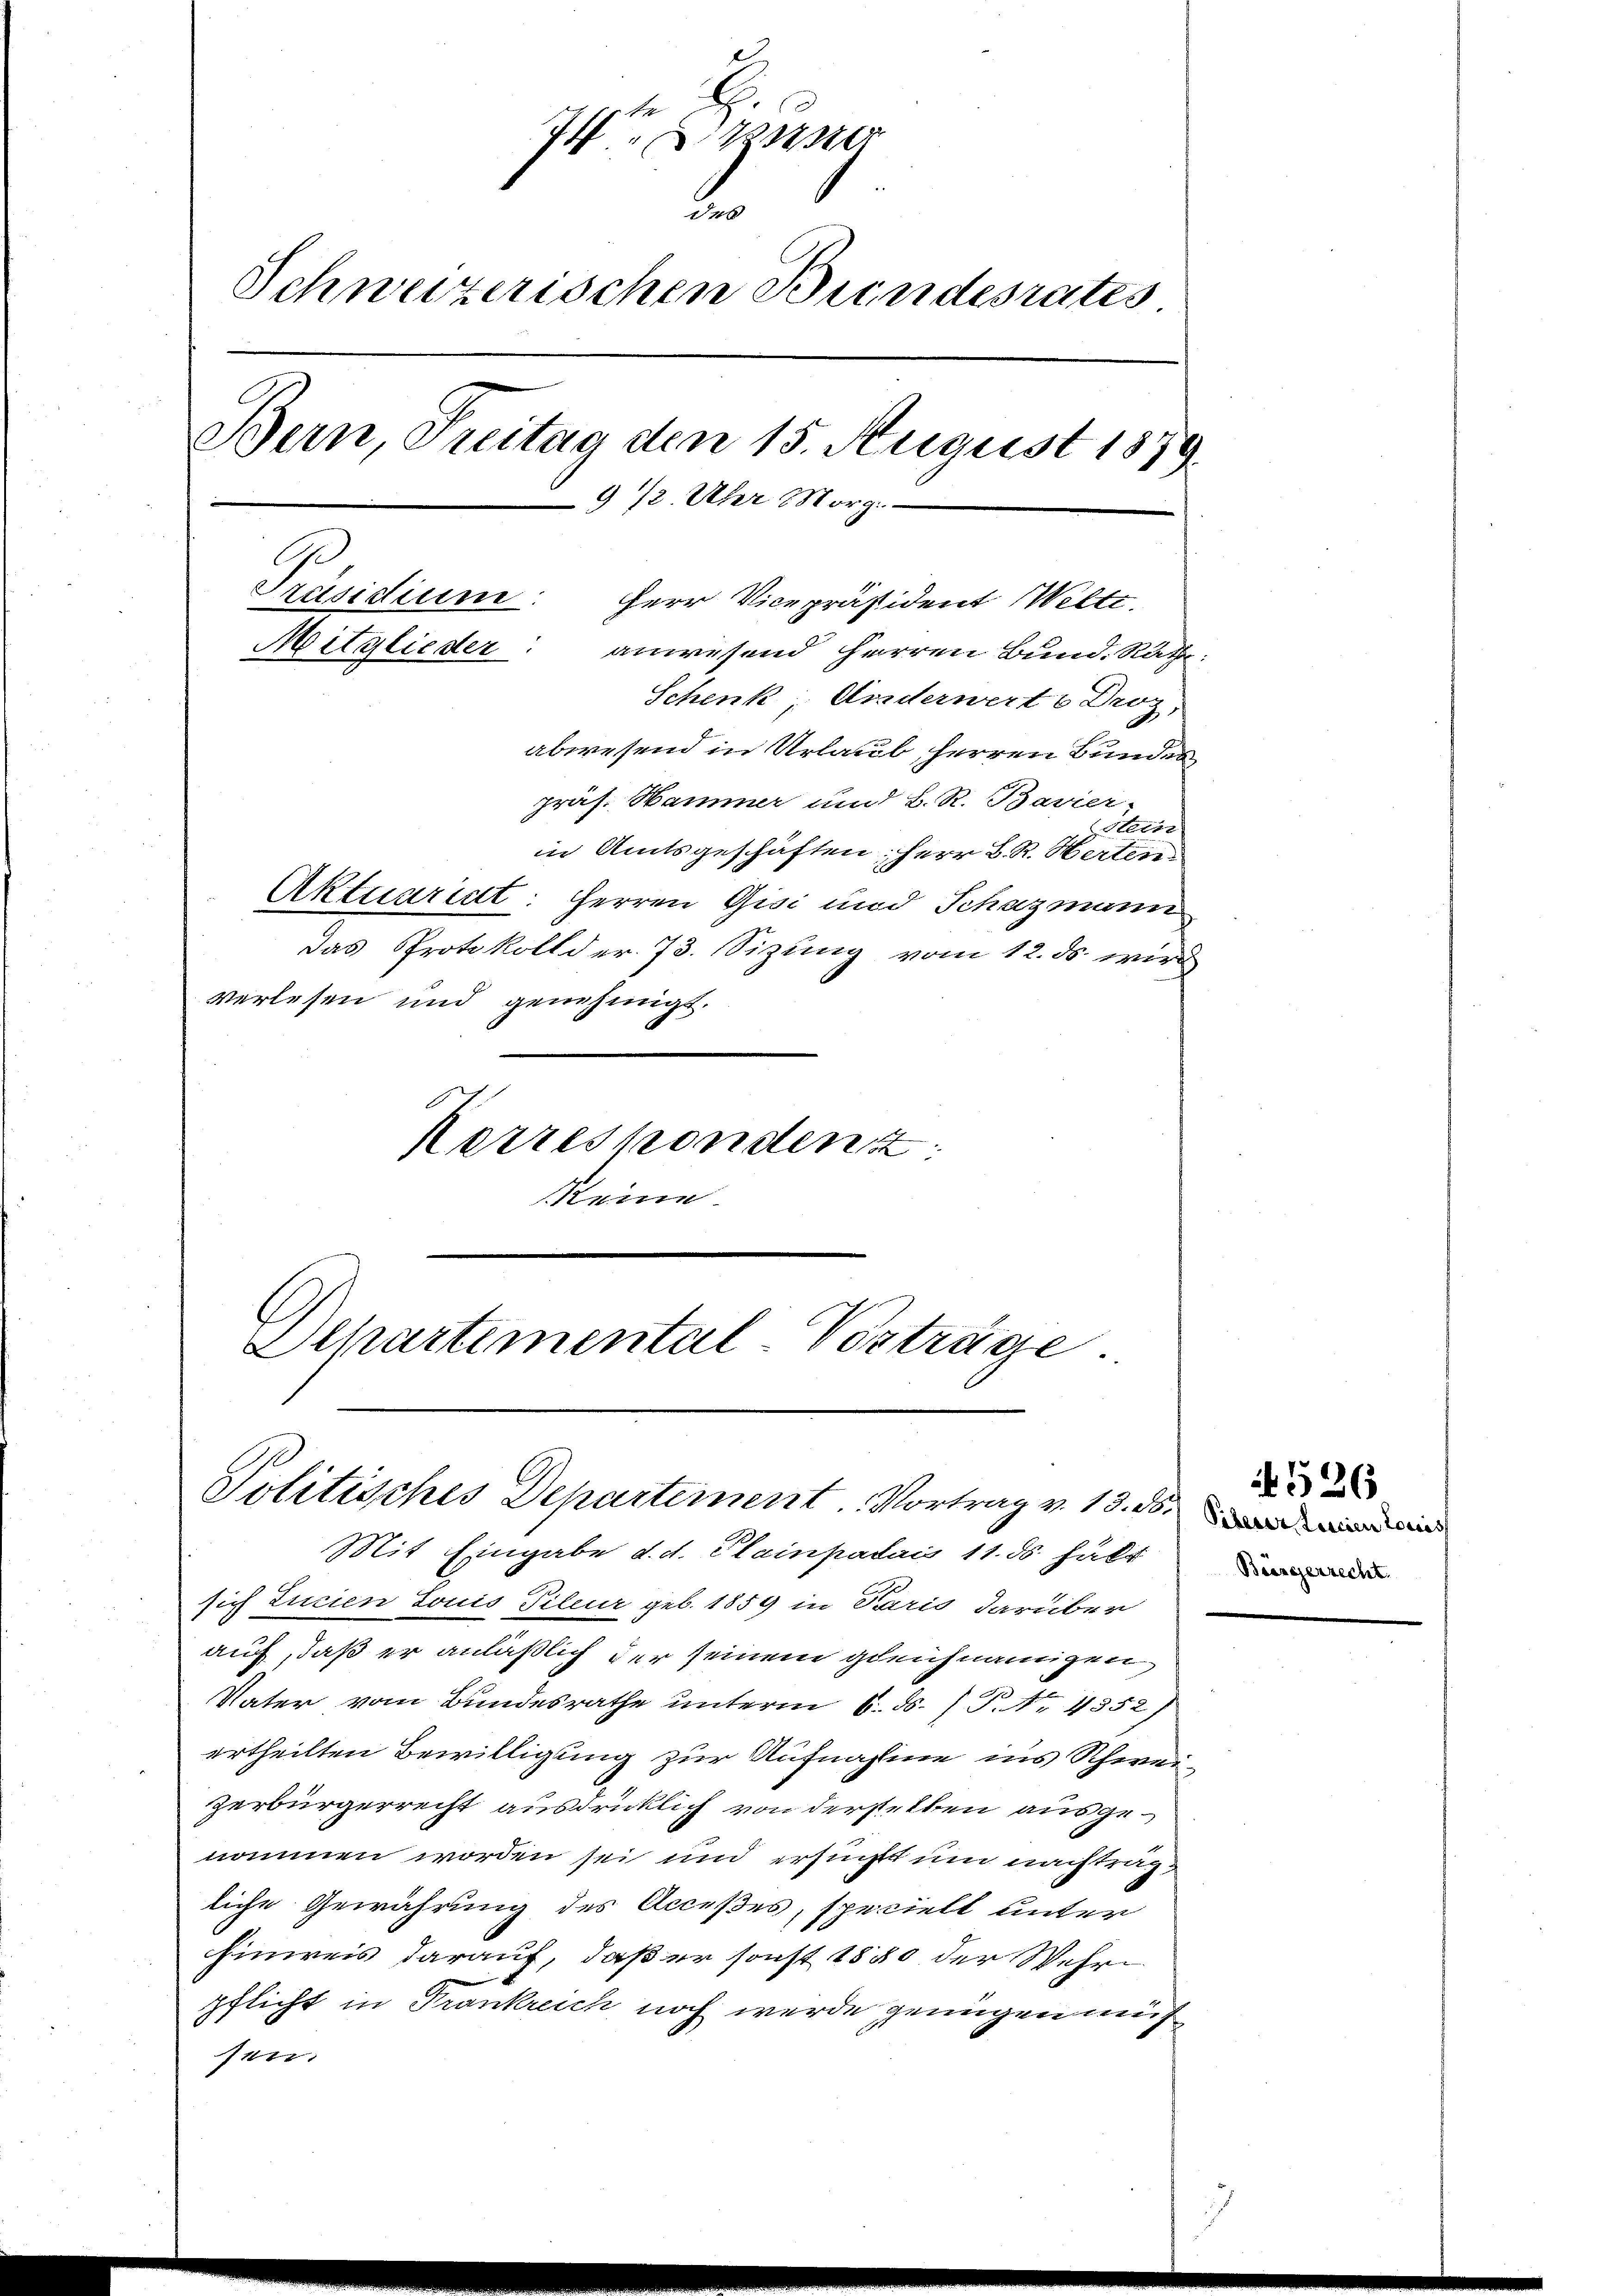
I
2.
Schweizerischen Bundesrates
372. Über Morg
Präsidium
Herr Vicepräsident Welti.
Mitglieder
anwesend Herren Bund. Rath:
Schenk, Anderwert 6 Droz,
abwesend in Urlaub, Herren Bundes
präs. Hammer und B. R. Bavier-
Stein
in Amtsgeschäften; Herr D. R. Herten
Aktuariat: Herren Gisi und Schazmann
Das Protokollder 73. Sizung vom 12. ds. wird
verlesen und genehmigt.

Politisches Departement. Vortrag v. 13. 16. den

Bern, Freitag den 15. August 1879.

Korrespondenz
Meine
Schartemental-Verträge.

Mit Eingabe d. d. Plainpadais 11. ds halt
sich Lucien Louis Pileur geb. 1859 in Paris darüber
auf, daß er anläßlich der seinem gleichnamigen
Vater vom Bundesrathe unterm 6. ds. / P. Nr. 4352)
ertheilten Bewilligung zur Aufnahme ins Schweizerbürgerrecht ausdrücklich von derselben ausgenommen worden sei und ersucht um nachträgliche Gewährung des Acceßes, speciell unter
Einweis darauf, daß er sonst 1880 der Wehrpflicht in Trankreich noch werde genügen müssen.

Beärgerrecht.

1526